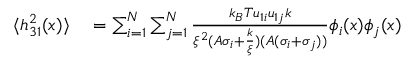
\begin{array} { r l } { \langle h _ { 3 1 } ^ { 2 } ( x ) \rangle } & { { } = \sum _ { i = 1 } ^ { N } \sum _ { j = 1 } ^ { N } \frac { k _ { B } T u _ { 1 i } u _ { 1 j } k } { \xi ^ { 2 } ( A \sigma _ { i } + \frac { k } { \xi } ) ( A ( \sigma _ { i } + \sigma _ { j } ) ) } \phi _ { i } ( x ) \phi _ { j } ( x ) } \end{array}